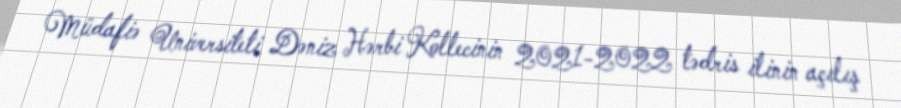
Müdafiə Universiteti Dəniz Hərbi Kollecinin 2021-2022 tədris ilinin açılış